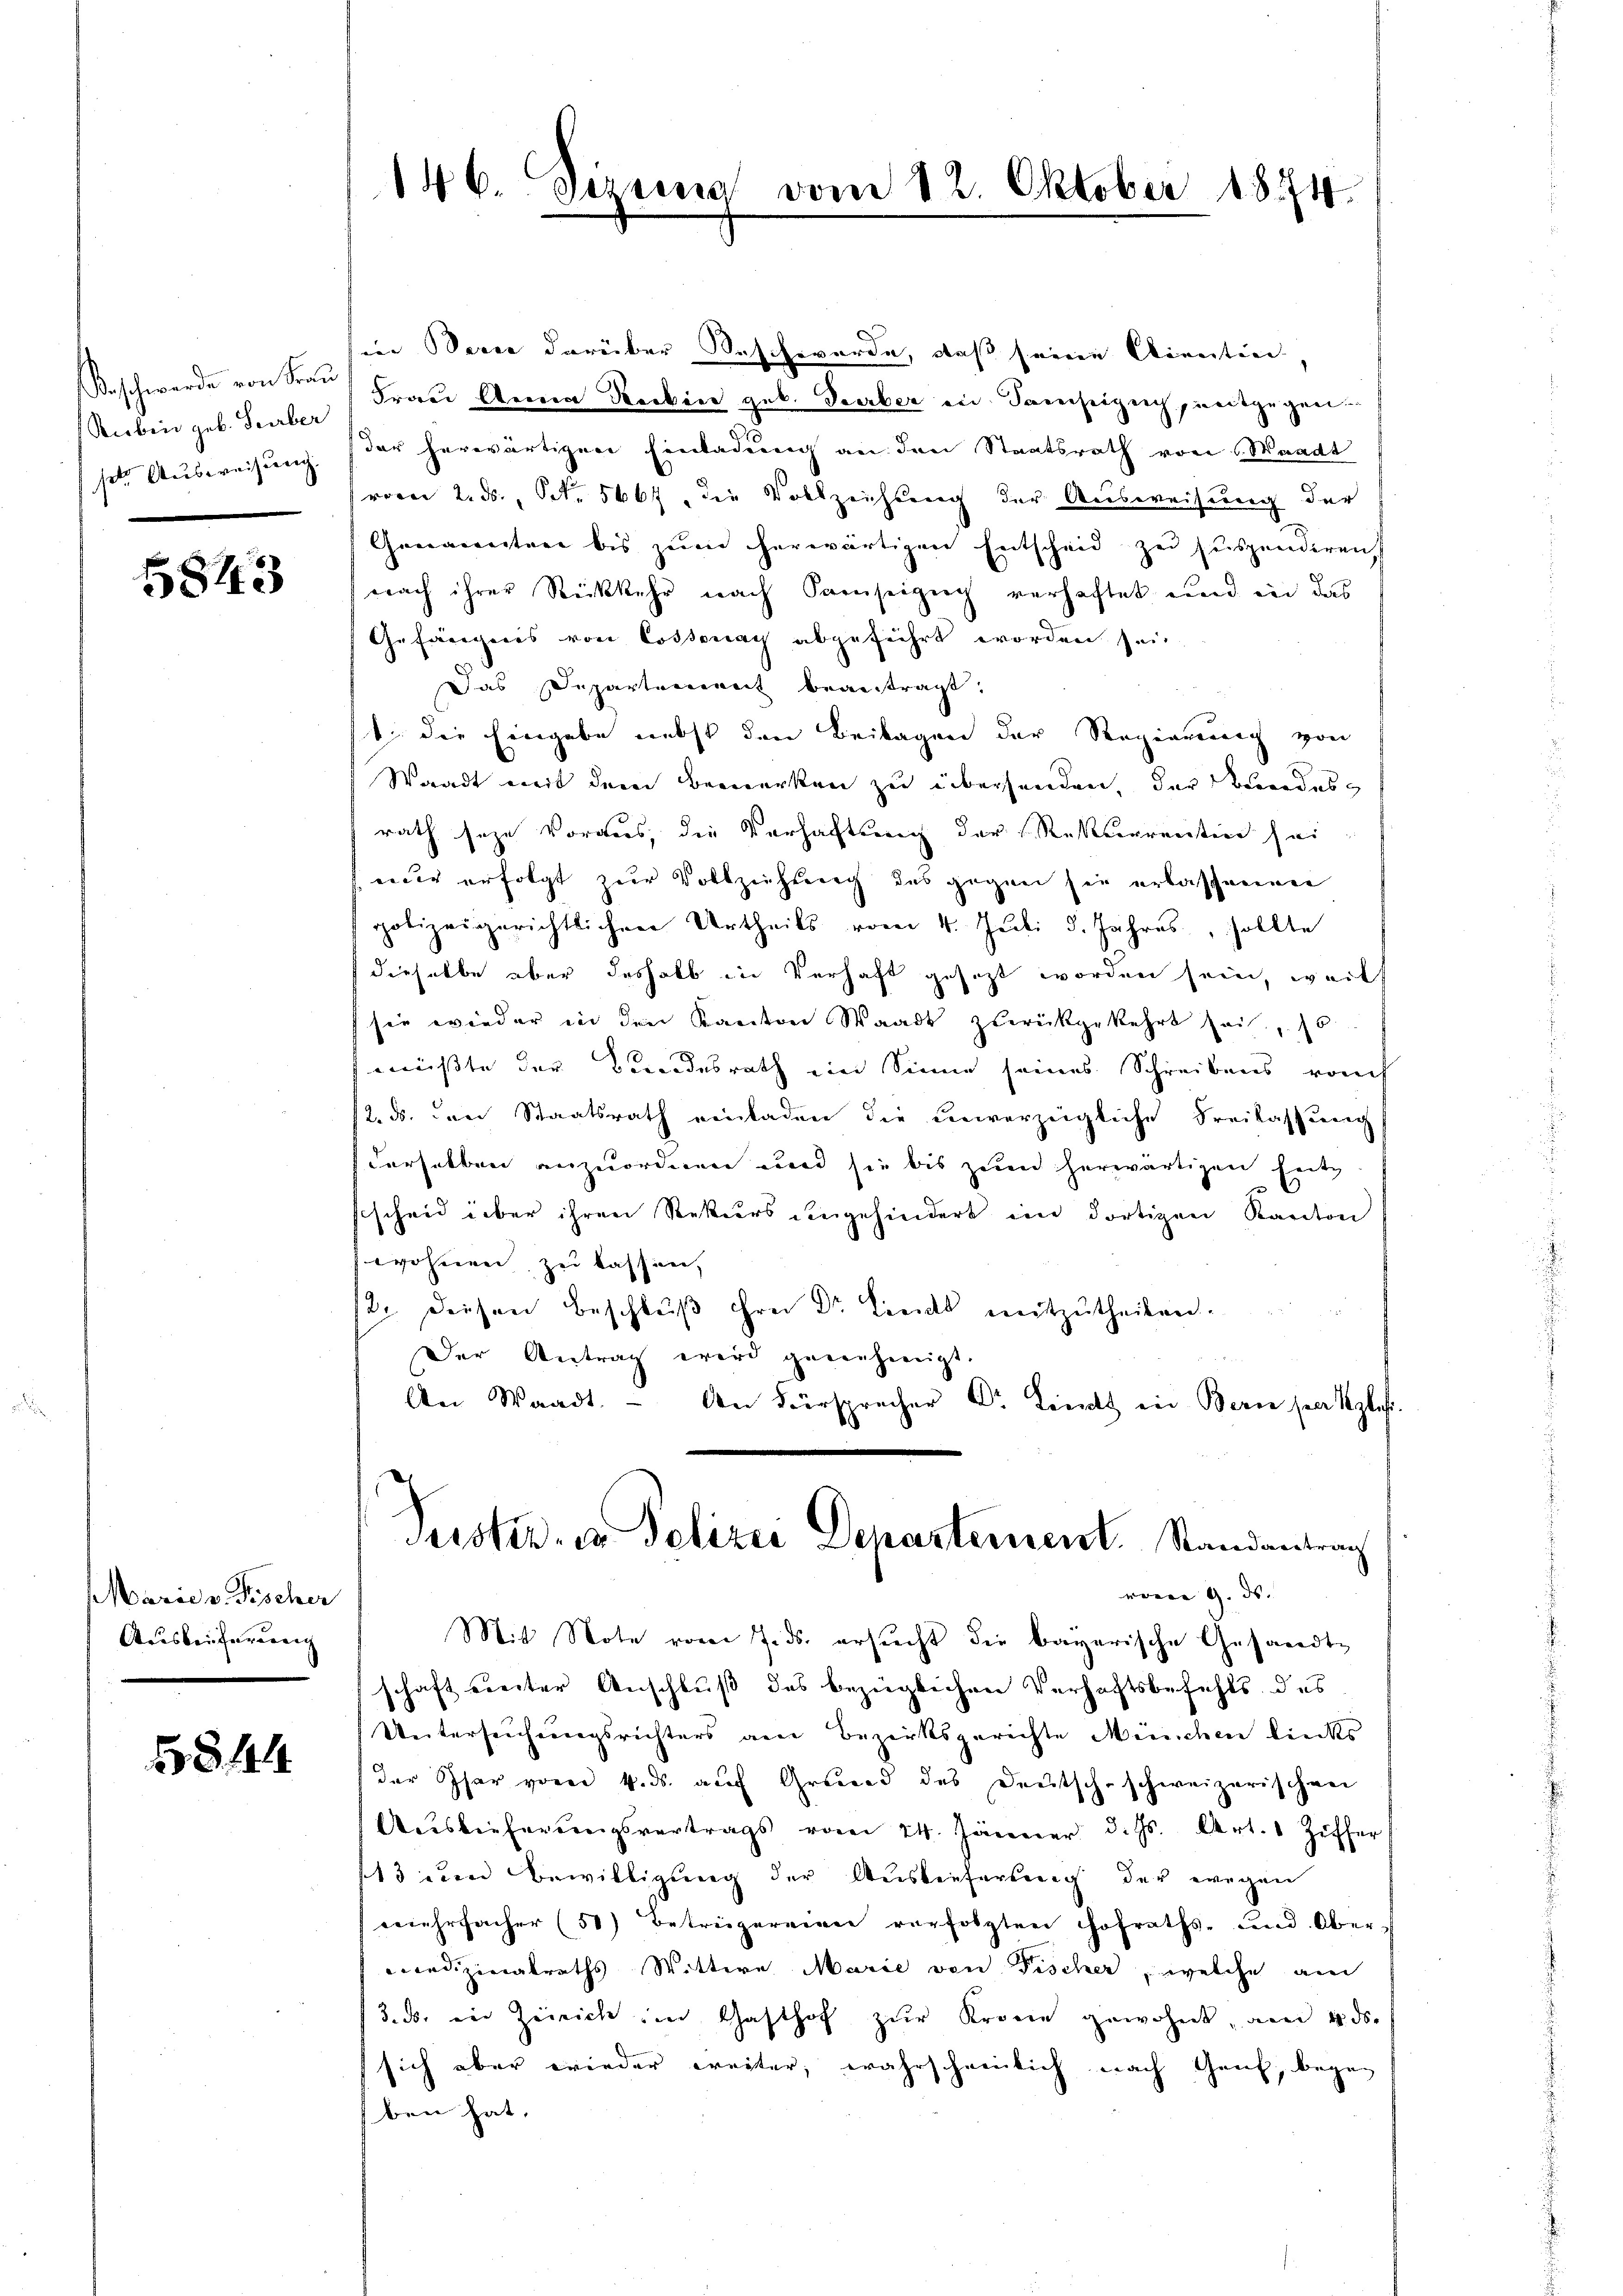
Beschwerde von Frau
Sieben geb. Serber
ste Ausweisung.

5843

Marie v. Fischer
Ausbeitereren

5844

146 Sizung vom 12. Oktober 1874.

sien Besie darüber Beschwerde, daß seine Alientin.
Frau Anna Rocken geb. Sterber in Samseizeich, weitgegen.
der herwärtigen Einladung an den Staatsrath von Waadt
vom 2. ds., S. 5607, die Vollzeichung der Ausweisung der
Genaienten bis zŭm herwärtigen Entscheid zu suspendiren
nach ihrer Rückkehr nach Samseizig verhaftet und in das
Gefängnis von Cossonay abgeführt worden sei.
Das Departement beantragt,
1. die Eingabe nebst den Beilagen der Regierung von
Waadt mit dem Bemerken zu überhanden, der Stundes
rath seye voraus, die Verhaltung der Rekurrenten sei
nur erfolgt zur Vollziehung des gegen sie erlassenen
polizeigerichtlichen Urtheils vom 4. Juli d. Jahres, sollte
dieselbe aber deshalb in Verhaft gesezt worden sein, weil
sie wieder in den Kanton Waadt zurückgekehrt sei. 16.
müßte der Bundesrath ein Sinne seines Schreibens rauch
12. ds. den Staatsrath einladen die unverzügliche Freilassung
derselben anzuordnen und sie bis zum herwärtigen heit
scheid über ihren Rekurs angehindert im dortigen Kanton
wohnen, zu lassen,
2. Diesen Beschlŭβ frei Dr. Lies mitzŭtheilen.
Der Antrag wird genehmigt.
An Waadt.  An Fürsprecher Dr. Lindt in Bern sein ple
Suster, in Delizei Departement. Randantrag
woren 9. ds. |
Mit Note vom 7. ds. ersucht die bayerische Gesandtschaft weiter Anschluß des bezüglichen Verhaftsbefehls des
Untersuchungsrichters an Bezirksgerichte Menschen liecks
der Schar vom 4. ds. auf Grund des Deutsch-schweizerischen
Auslieferungsvertrags vom 24. Jänner d. Js. Art. 1 Ziffer
13 den Bewilligung der Auslieferung der wegen
mehrfacher (50) Betrügereien verfolgten Hofraths- und Oberedizinalraths Wittwe Marie von Fischer, welche au
3. ds. in Zeirich im Gasthof zur Krone gewohnt, am 4. ds.
sich aber wieder weiter, wahrscheinlich nach Genf, begeg
ben hat,